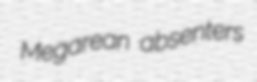
Megarean absenters